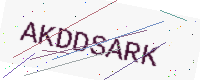
Text: AKDDSARK